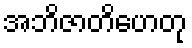
အဘိဇာတိဟေတု